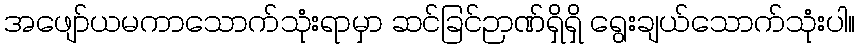
အဖျော်ယမကာသောက်သုံးရာမှာ ဆင်ခြင်ဉာဏ်ရှိရှိ ရွေးချယ်သောက်သုံးပါ။